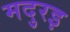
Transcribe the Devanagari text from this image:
मदुरइ